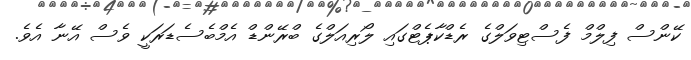
ކޭންސް ފިލްމް ފެސްޓިވަލްގެ ރެޑްކާޕެޓްގައި ލޯރިއަލްގެ ބްރޭންޑް އެމްބެސެޑަރަކީ ވެސް އޭނާ އެވެ.